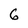
Character: 6